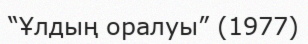
“Ұлдың оралуы” (1977)